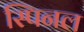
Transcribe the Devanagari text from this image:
स्पिनल